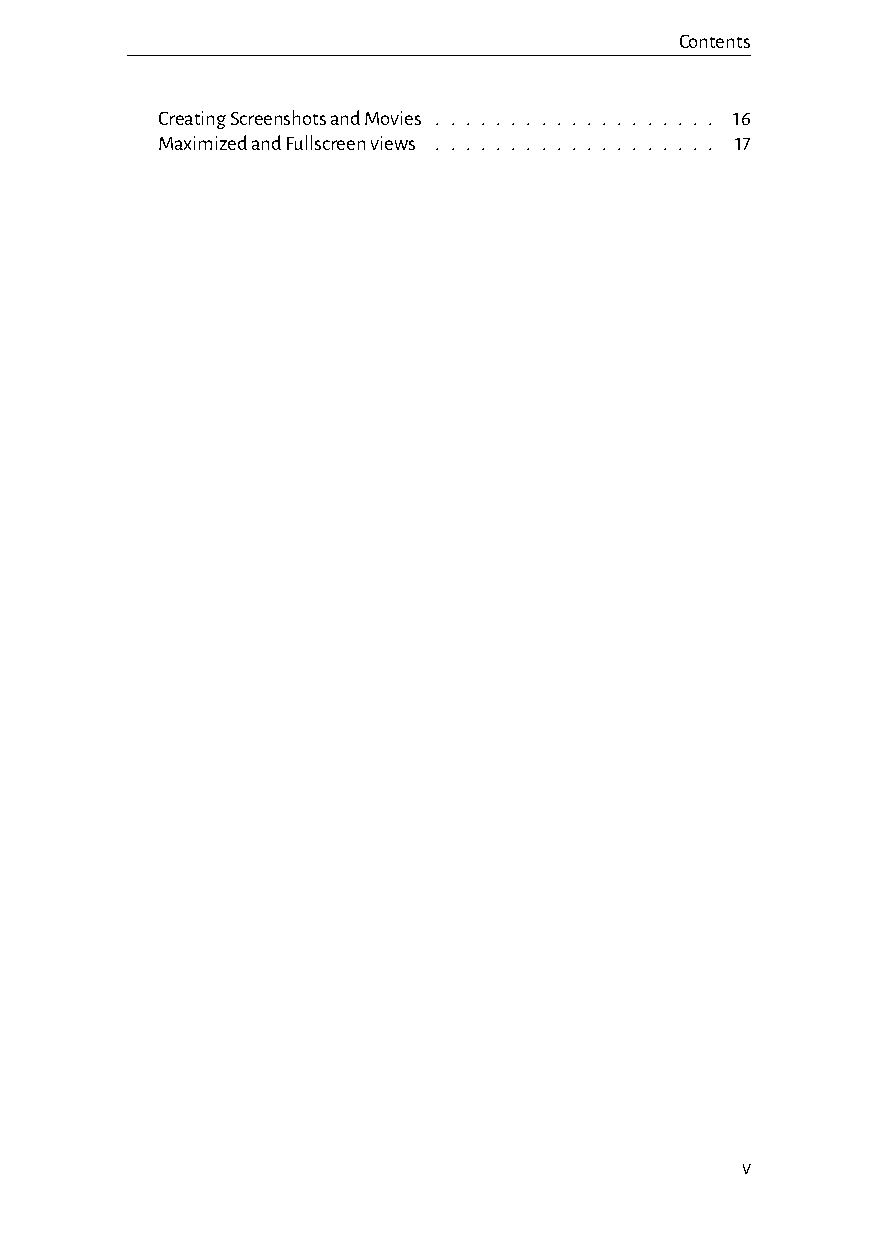
Contents
 CreatingScreenshotsandMovies . . . . . . . . . . . . . . . . . . . 16
 MaximizedandFullscreenviews . . . . . . . . . . . . . . . . . . . 17
 v